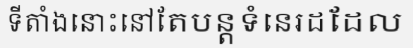
ទីតាំងនោះនៅតែបន្តទំនេរដដែល